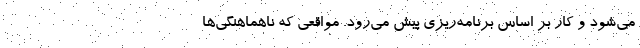
می‌شود و کار بر اساس برنامه‌ریزی پیش می‌رود. مواقعی که ناهماهنگی‌ها